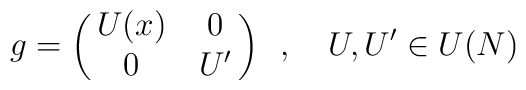
g = \left( \matrix {U(x) & 0 \cr 0 & U^{\prime} } \right) \,\,\,,\,\,\,\,\,\, U,U^{\prime } \in U(N)